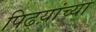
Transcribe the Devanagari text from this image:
पिढय़ांच्या